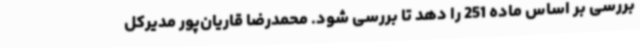
بررسی بر اساس ماده 251 را دهد تا بررسی شود. محمدرضا قاریان‌پور مدیرکل